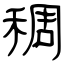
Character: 稠